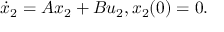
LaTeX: { \dot { x } } _ { 2 } = A x _ { 2 } + B u _ { 2 } , x _ { 2 } ( 0 ) = 0 .